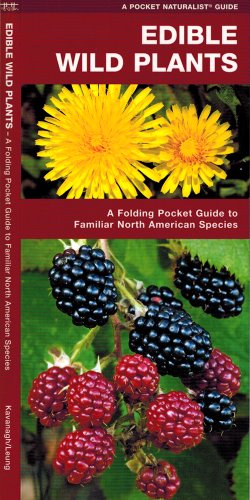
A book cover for Edible Wild Plants: A Folding Pocket Guide to Familiar North American Species (Pocket Naturalist Guide Series); James Kavanagh; Science & Math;